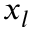
x _ { l }